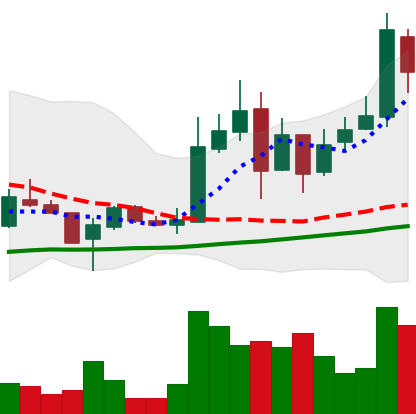
Ticker: LTC-USD
Chart end date: 2017-11-17
Forward return: 6.399%
Label: up_5_7